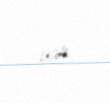
var.